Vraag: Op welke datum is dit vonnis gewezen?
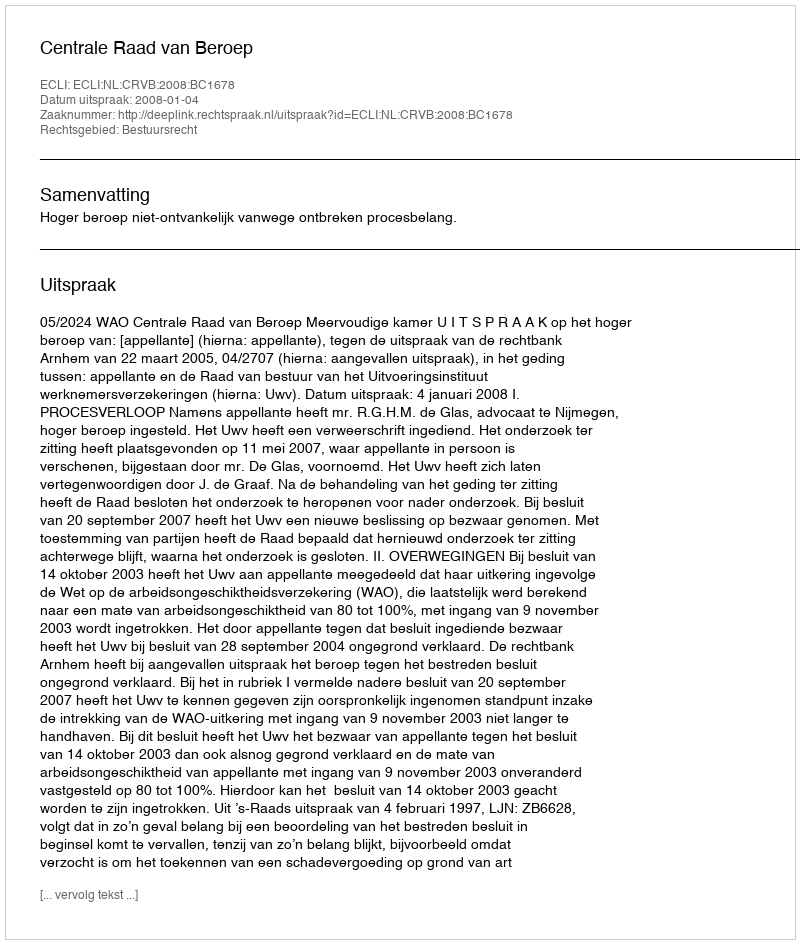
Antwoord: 2008-01-04